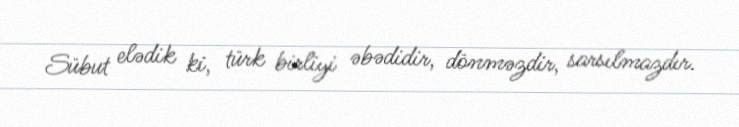
Sübut elədik ki, türk birliyi əbədidir, dönməzdir, sarsılmazdır.